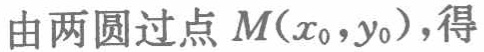
由两圆过点 \(M(x_{0},y_{0})\)，得